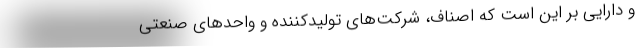
و دارایی بر این است که اصناف، شرکت‌های تولیدکننده و واحدهای صنعتی